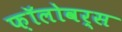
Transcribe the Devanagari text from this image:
फ़ॉलोवर्स